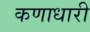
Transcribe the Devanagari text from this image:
कणाधारी